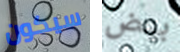
سيكون بعض